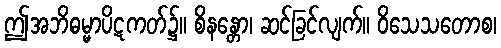
ဤအဘိဓမ္မာပိဋကတ်၌။ စိနန္တော၊ ဆင်ခြင်လျက်။ ဝိသေသတောစ၊